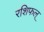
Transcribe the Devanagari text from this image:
रशिफल्